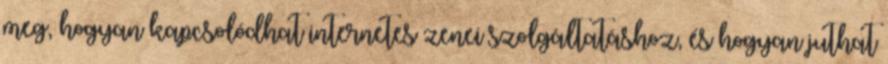
meg, hogyan kapcsolódhat internetes zenei szolgáltatáshoz, és hogyan juthat